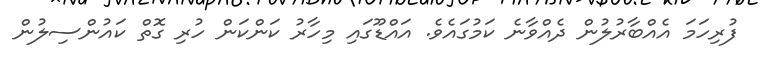
ފުރިހަމަ އެއްބާރުލުން ދެއްވާނެ ކަމުގައެވެ. އައްޑޫގައި މިހާރު ކަންކަން ހުރި ގޮތް ކައުންސިލުން